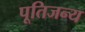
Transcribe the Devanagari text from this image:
पूतिजन्य